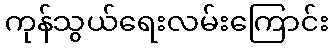
ကုန်သွယ်ရေးလမ်းကြောင်း